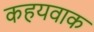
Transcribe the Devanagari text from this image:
कहयवाक